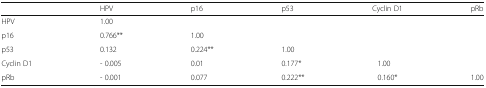
<table><thead><tr><td></td><td><b>HPV</b></td><td><b>p16</b></td><td><b>p53</b></td><td><b>Cyclin D1</b></td><td><b>pRb</b></td></tr></thead><tbody><tr><td>HPV</td><td>1.00</td><td></td><td></td><td></td><td></td></tr><tr><td>p16</td><td>0.766**</td><td>1.00</td><td></td><td></td><td></td></tr><tr><td>p53</td><td>0.132</td><td>0.224**</td><td>1.00</td><td></td><td></td></tr><tr><td>Cyclin D1</td><td>- 0.005</td><td>0.01</td><td>0.177*</td><td>1.00</td><td></td></tr><tr><td>pRb</td><td>- 0.001</td><td>0.077</td><td>0.222**</td><td>0.160*</td><td>1.00</td></tr></tbody></table>